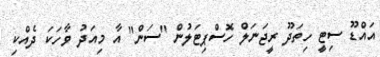
އައްޑޫ ސިޓީ ހިތަދޫ ރީޖަނަލް ހޮސްޕިޓަލުން "ސަން" އާ މިއަދު ވާހަކަ ދެއްކި